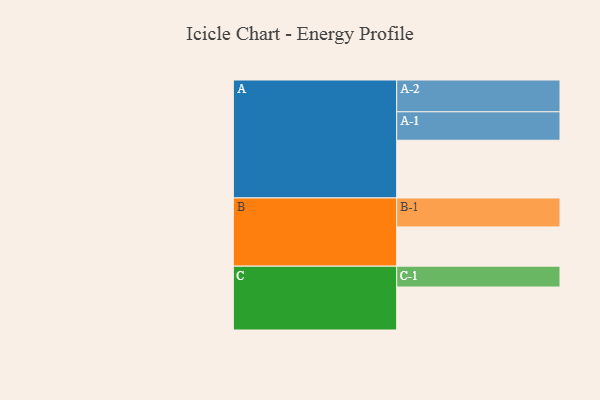
{"axis": {"x": "Segment", "y": "Value"}, "legend": ["", "A", "B", "C"], "data": [{"x": "A", "y": 465, "type": ""}, {"x": "B", "y": 316, "type": ""}, {"x": "C", "y": 346, "type": ""}, {"x": "A-1", "y": 229, "type": "A"}, {"x": "A-2", "y": 256, "type": "A"}, {"x": "B-1", "y": 233, "type": "B"}, {"x": "C-1", "y": 168, "type": "C"}]}